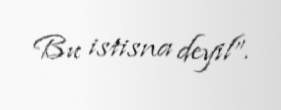
Bu istisna deyil”.